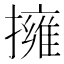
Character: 擁